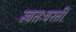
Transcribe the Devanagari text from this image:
स्वतःवरती